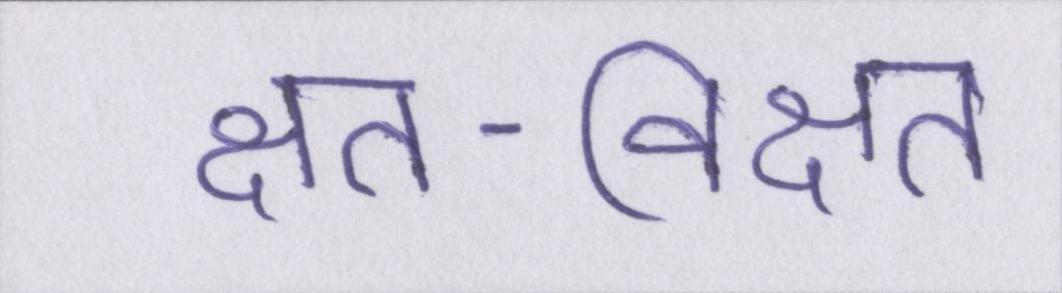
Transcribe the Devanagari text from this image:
क्षत-विक्षत